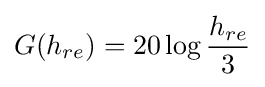
G(h_{re})=20\log {\frac {h_{re}}{3}}